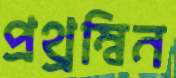
প্রথ্রম্বিন